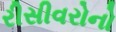
રીસીવરોનો